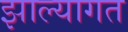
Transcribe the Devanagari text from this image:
झाल्यागत